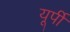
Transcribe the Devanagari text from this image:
यूर्पी